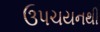
ઉપચયનથી